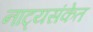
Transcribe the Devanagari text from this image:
नाट्यसंकेत